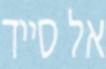
אל סייד